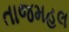
તાજમહલ